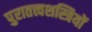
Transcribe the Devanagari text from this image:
पुरातत्त्वशस्त्रियों